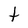
Character: t